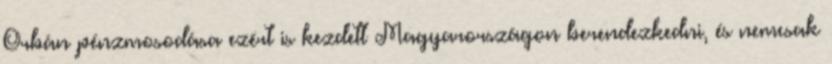
Orbán pénzmosodása ezért is kezdett Magyarországon berendezkedni, és nemcsak